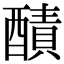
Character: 𨢦